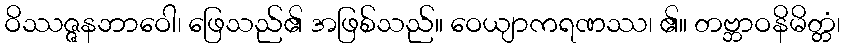
ဝိဿဇ္ဇနဘာဝေါ၊ ဖြေသည်၏ အဖြစ်သည်။ ဝေယျာကရဏဿ၊ ၏။ တဗ္ဘာဝနိမိတ္တံ၊